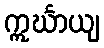
ဣင်္ဃာယျ